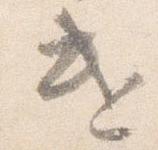
遣